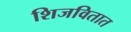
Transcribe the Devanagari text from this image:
शिजवितात